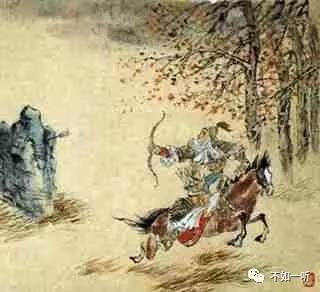
独立扬新令，千营共一呼。